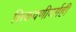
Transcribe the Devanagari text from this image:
शिकवणीवर्गही